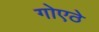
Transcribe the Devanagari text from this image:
गोएठे